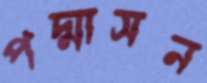
পদ্মাসন